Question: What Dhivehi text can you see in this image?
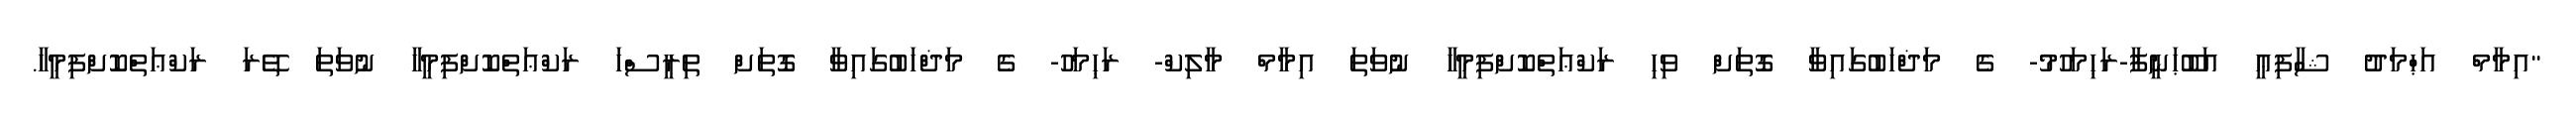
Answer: "އިމާމް އަޙްމަދު ޝާފިޢީ އަބޫޙަނީފާ-ރަޙިމަހުމު- ގެ މަޛްހަބުގައިވާ ގޮތަށް ވިހި ރަކްޢަތްކޮށްފިމީހާ ނުވަތަ އިމާމް މާލިކް- ރަޙިމަހު- ގެ މަޛްހަބުގައިވާ ގޮތަށް ތިރީސްހަ ރަކްޢަތްކޮށްފިމީހާ ނުވަތަ ތޭރަ ރަކްޢަތްކޮށްފިމީހާ.